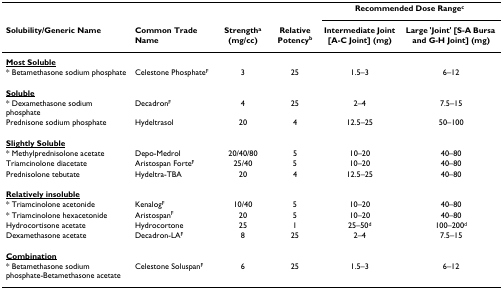
|  |  |  |  | <COLSPAN=2> Recommended Dose Rangec |
 | Solubility/Generic Name | Common Trade Name | Strengtha (mg/cc) | Relative Potencyb | Intermediate Joint [A-C Joint] (mg) | Large 'Joint' [S-A Bursa and G-H Joint] (mg) |
 | --- | --- | --- | --- | --- | --- |
 | <underline>Most Soluble</underline> |  |  |  |  |  |
 | * Betamethasone sodium phosphate | Celestone PhosphateF | 3 | 25 | 1.5–3 | 6–12 |
 | <underline>Soluble</underline> |  |  |  |  |  |
 | * Dexamethasone sodium phosphate | DecadronF | 4 | 25 | 2–4 | 7.5–15 |
 | Prednisone sodium phosphate | Hydeltrasol | 20 | 4 | 12.5–25 | 50–100 |
 | <underline>Slightly Soluble</underline> |  |  |  |  |  |
 | * Methylprednisolone acetate | Depo-Medrol | 20/40/80 | 5 | 10–20 | 40–80 |
 | Triamcinolone diacetate | Aristospan ForteF | 25/40 | 5 | 10–20 | 40–80 |
 | Prednisolone tebutate | Hydeltra-TBA | 20 | 4 | 12.5–25 | 40–80 |
 | <underline>Relatively insoluble</underline> |  |  |  |  |  |
 | * Triamcinolone acetonide | KenalogF | 10/40 | 5 | 10–20 | 40–80 |
 | * Triamcinolone hexacetonide | AristospanF | 20 | 5 | 10–20 | 40–80 |
 | Hydrocortisone acetate | Hydrocortone | 25 | 1 | 25–50d | 100–200d |
 | Dexamethasone acetate | Decadron-LAF | 8 | 25 | 2–4 | 7.5–15 |
 | <underline>Combination</underline> |  |  |  |  |  |
 | * Betamethasone sodium phosphate-Betamethasone acetate | Celestone SoluspanF | 6 | 25 | 1.5–3 | 6–12 |